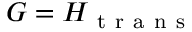
G = H _ { \mathrm { ~ t ~ r ~ a ~ n ~ s ~ } }